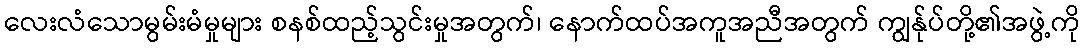
လေးလံသောမွမ်းမံမှုများ စနစ်ထည့်သွင်းမှုအတွက်၊ နောက်ထပ်အကူအညီအတွက် ကျွန်ုပ်တို့၏အဖွဲ့ကို